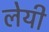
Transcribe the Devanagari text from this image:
लेयी